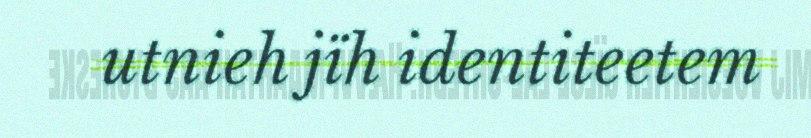
utnieh jïh identiteetem